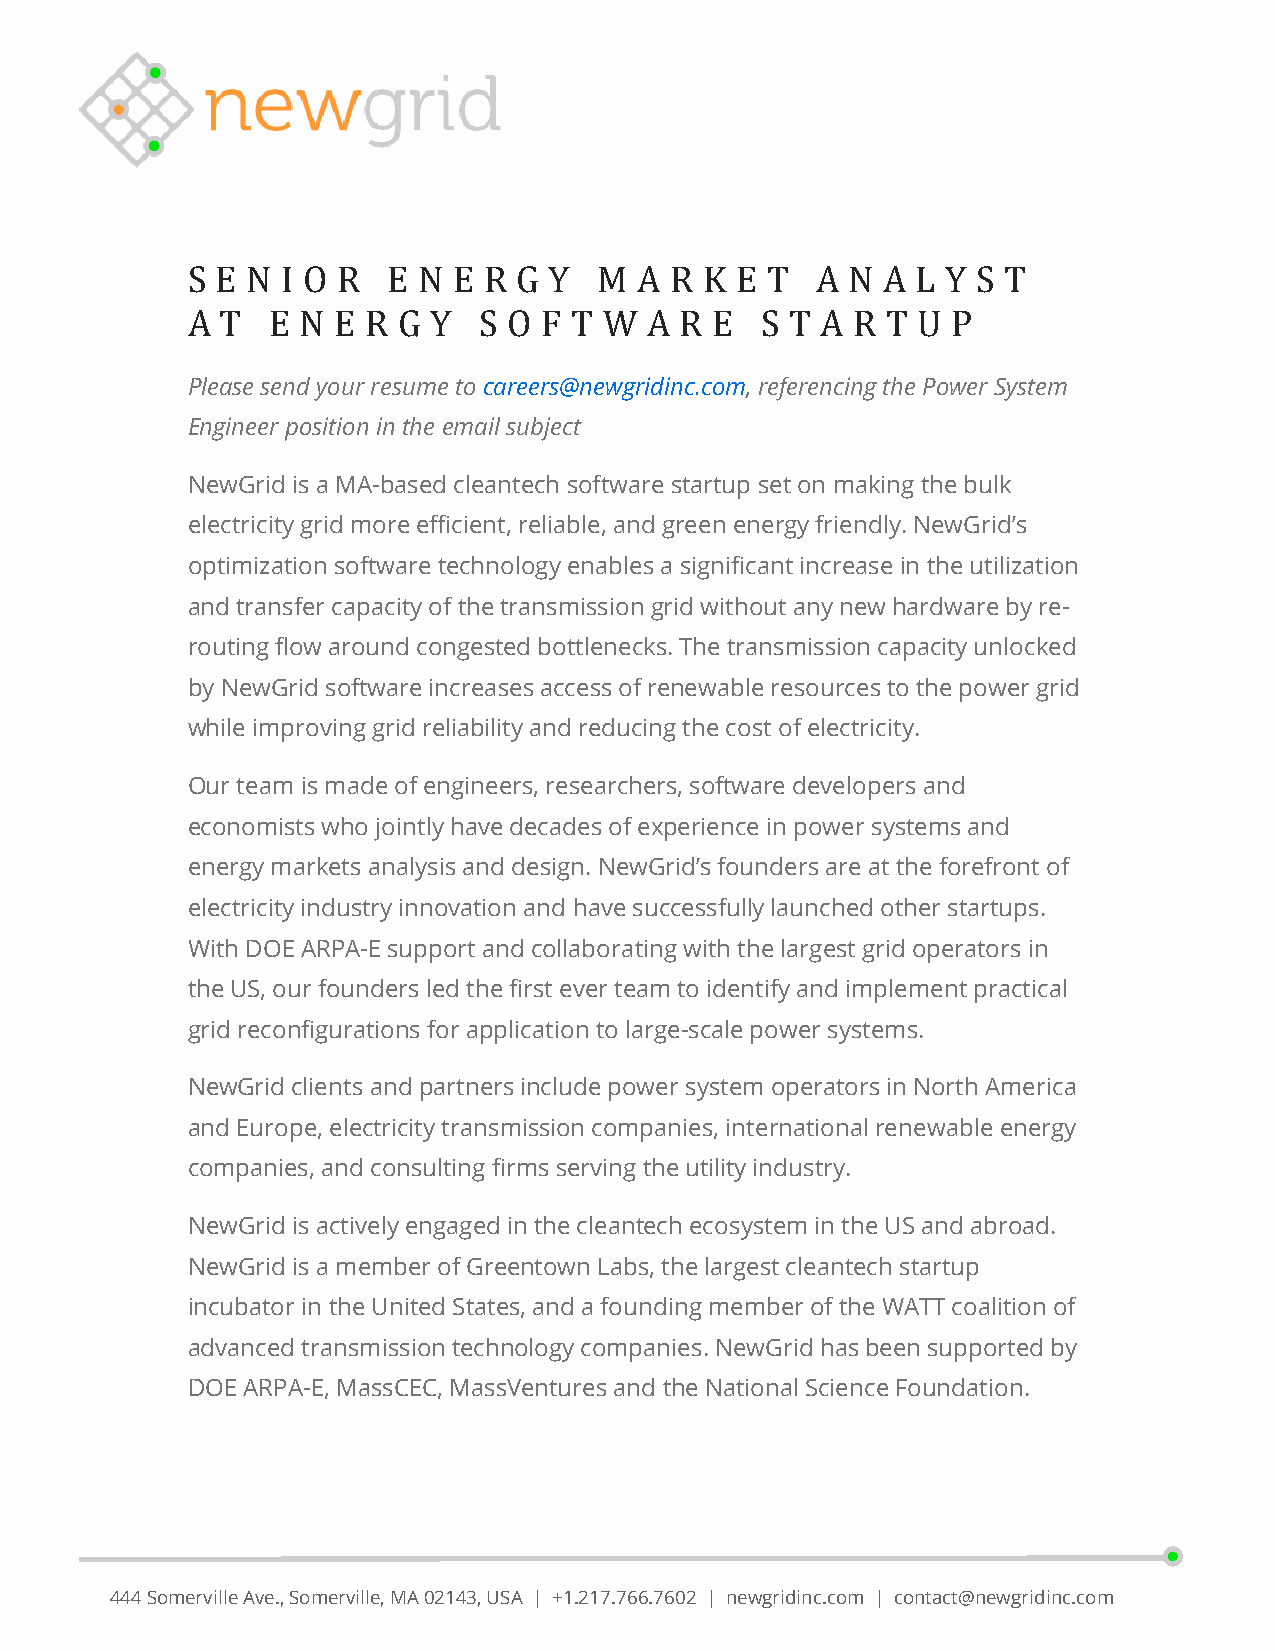
S E N  I O R  E N E R G Y   M A R  K E T  A N  A L Y S T
 Please send your resume to careers@newgridinc.com, referencing the Power System
 A  T  E N E R G  Y  S O F T W  A R E  S T A R  T U P
 Engineer position in the email subject
 NewGrid is a MA-based cleantech software startup set on making the bulk
 electricity grid more efficient, reliable, and green energy friendly. NewGrid’s
 optimization software technology enables a significant increase in the utilization
 and transfer capacity of the transmission grid without any new hardware by re-
 routing flow around congested bottlenecks. The transmission capacity unlocked
 by NewGrid software increases access of renewable resources to the power grid
 while improving grid reliability and reducing the cost of electricity.
 Our team is made of engineers, researchers, software developers and
 economists who jointly have decades of experience in power systems and
 energy markets analysis and design. NewGrid’s founders are at the forefront of
 electricity industry innovation and have successfully launched other startups.
 With DOE ARPA-E support and collaborating with the largest grid operators in
 the US, our founders led the first ever team to identify and implement practical
 grid reconfigurations for application to large-scale power systems.
 NewGrid clients and partners include power system operators in North America
 and Europe, electricity transmission companies, international renewable energy
 companies, and consulting firms serving the utility industry.
 NewGrid is actively engaged in the cleantech ecosystem in the US and abroad.
 NewGrid is a member of Greentown Labs, the largest cleantech startup
 incubator in the United States, and a founding member of the WATT coalition of
 advanced transmission technology companies. NewGrid has been supported by
 DOE ARPA-E, MassCEC, MassVentures and the National Science Foundation.
 444 Somerville Ave., Somerville, MA 02143, USA | +1.217.766.7602 | newgridinc.com | contact@newgridinc.com